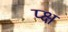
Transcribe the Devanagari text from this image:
प्क्ष